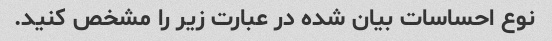
نوع احساسات بیان شده در عبارت زیر را مشخص کنید.